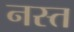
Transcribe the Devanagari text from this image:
नस्त